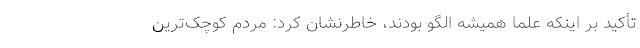
تأکید بر اینکه علما همیشه الگو بودند، خاطرنشان کرد: مردم کوچک‌ترین